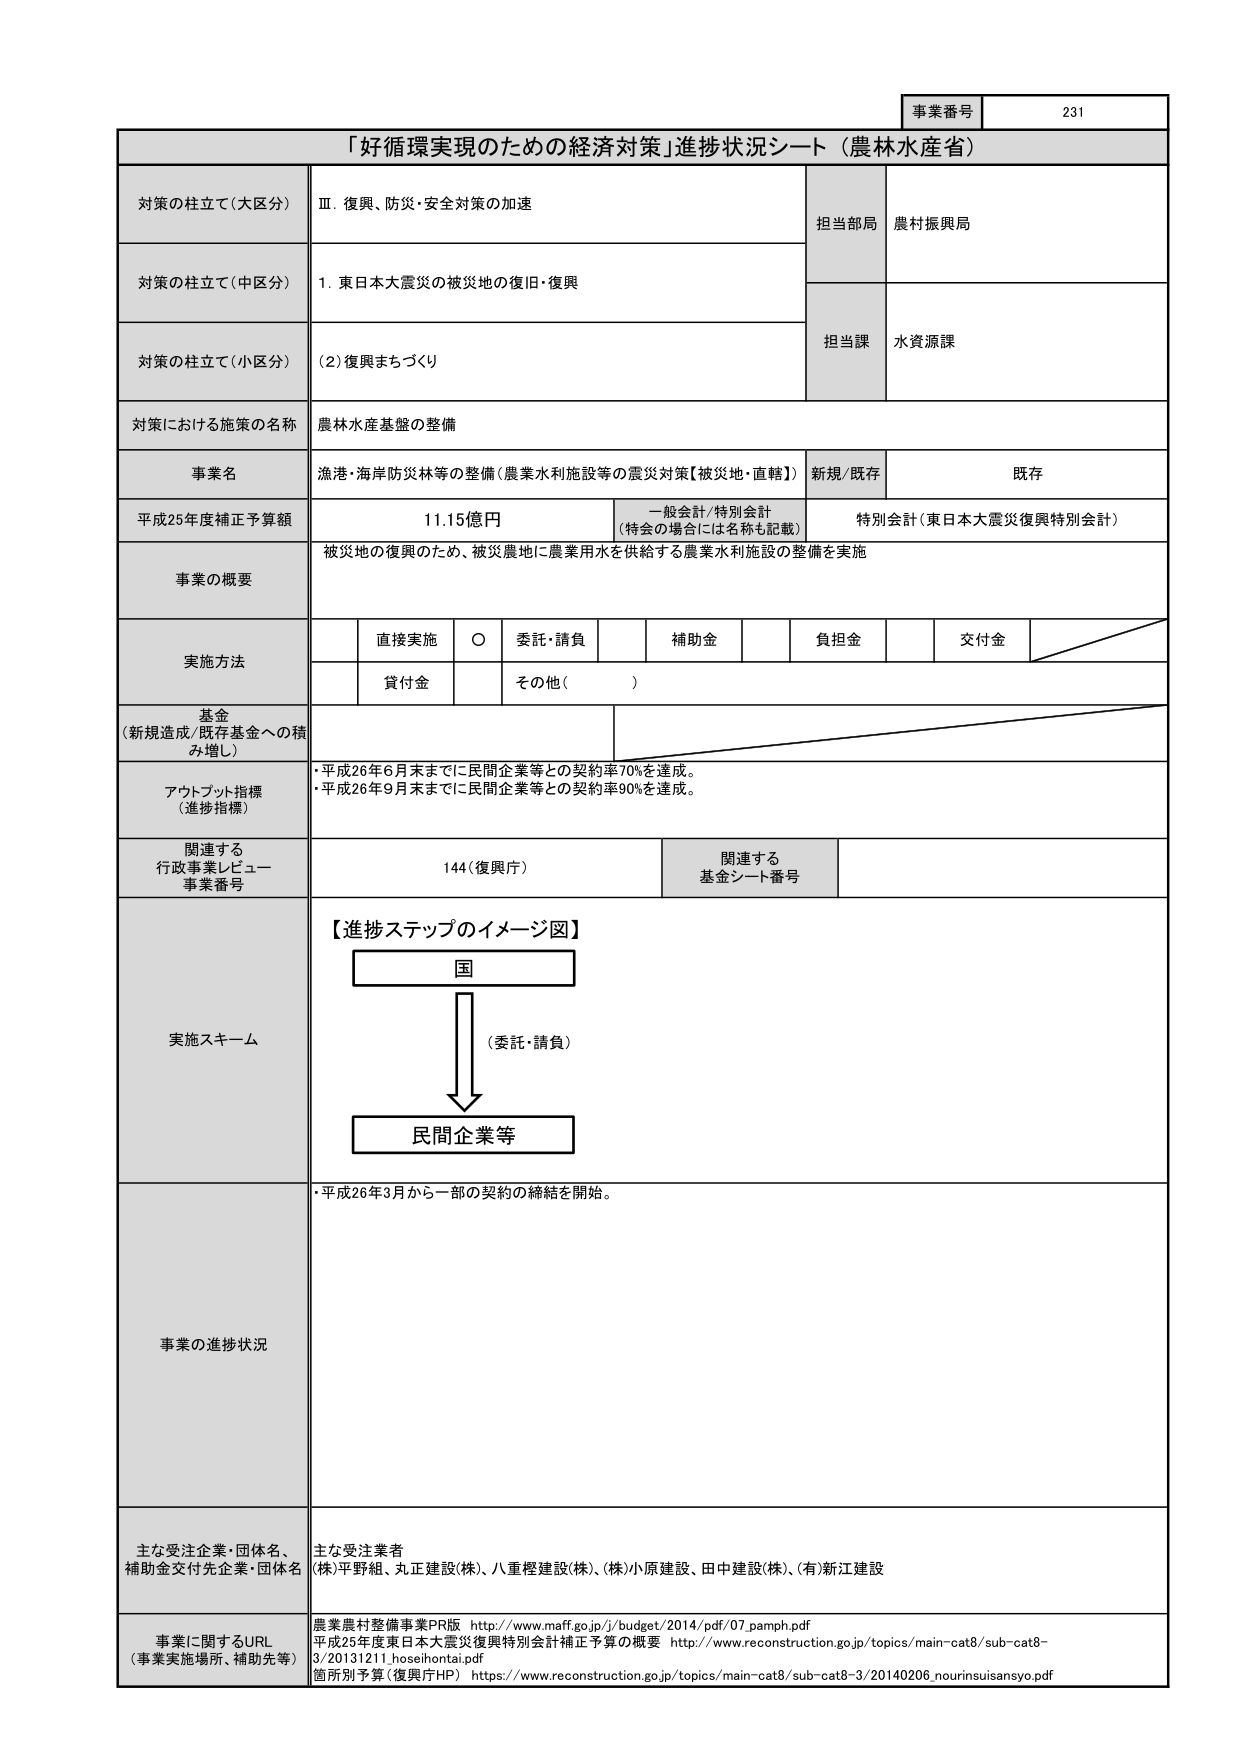
事業番号 231
「好循環実現のための経済対策」進捗状況シート（農林水産省）
対策の柱立て（大区分） Ⅲ．復興、防災・安全対策の加速
担当部局 農林振興局
対策の柱立て（中区分） 1．東日本大震災の被災地の復旧・復興
担当課 水資源課
対策の柱立て（小区分） （2）復興まちづくり
対策における施策の名称 農林水産基盤の整備
事業名 漁港・海岸防災林等の整備（農業水利施設等の震災対策【被災地・直轄】） 新規/既存 既存
平成25年度補正予算額 11.15億円 一般会計/特別会計 （特会の場合には名称も記載） 特別会計（東日本大震災復興特別会計）
事業の概要 被災地の復興のため、被災農地に農業用水を供給する農業水利施設の整備を実施
実施方法 直接実施 ○ 委託・請負 補助金 負担金 交付金
貸付金 その他（ ）
基金 （新規造成/既存基金への積み増し）
アウトプット指標 （進捗指標） ・平成26年6月末までに民間企業等との契約率70%を達成。
・平成26年9月末までに民間企業等との契約率90%を達成。
関連する 行政事業レビュー 事業番号 144（復興庁） 関連する 基金シート番号
実施スキーム 【進捗ステップのイメージ図】
国
（委託・請負）
民間企業等
事業の進捗状況 ・平成26年3月から一部の契約の締結を開始。
主な受注企業・団体名、 補助金交付先企業・団体名 主な受注業者 （株）平野組、丸正建設（株）、八重樫建設（株）、（株）小原建設、田中建設（株）、（有）新江建設
事業に関するURL （事業実施場所、補助先等） 農業農村整備事業PR版 http://www.maff.go.jp/j/budget/2014/pdf/07_pamph.pdf
平成25年度東日本大震災復興特別会計補正予算の概要 http://www.reconstruction.go.jp/topics/main-cat8/sub-cat8-3/20131211_hoseshontai.pdf
箇所別予算（復興庁HP） https://www.reconstruction.go.jp/topics/main-cat8/sub-cat8-3/20140206_nourinsuisansyo.pdf